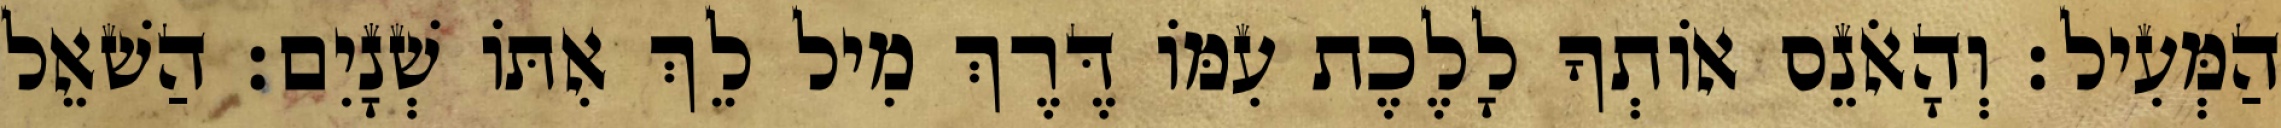
הַמְּעִיל׃ וְהָאֹנֵס אוֹתְךָ לָלֶכֶת עִמּוֹ דֶּרֶךְ מִיל לֵךְ אִתּוֹ שְׁנָיִם׃ הַשׁאֵל